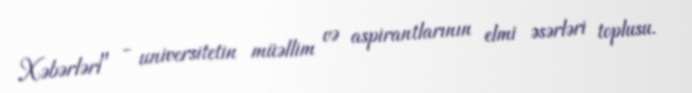
Xəbərləri" - universitetin müəllim və aspirantlarının elmi əsərləri toplusu.